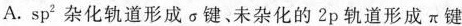
A.sp^{2}杂化轨道形成\sigma 键、未杂化的2p轨道形成\pi 键